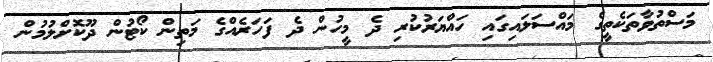
މަސްތުވާތަކެތީގެ މައްސަލައިގައި ހައްޔަރުކުރި ދެ މީހުން ދެ ފަހަރެއްގެ މަތިން ކޯޓުން ދޫކޮށްލުމުން